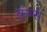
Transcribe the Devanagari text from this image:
कूंब्स